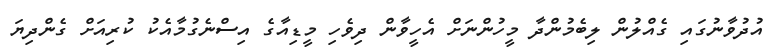
އުދުވާނުގައި ގެއްލުން ލިބެމުންދާ މީހުންނަށް އެހީވާން ދިވެހި މީޑިއާގެ އިސްނެގުމާއެކު ކުރިއަށް ގެންދިޔަ